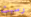
رسبت